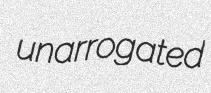
unarrogated